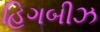
હિગબીઝ